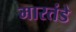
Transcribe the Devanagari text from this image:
मारतंडे